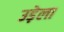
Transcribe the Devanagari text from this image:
उड़ेला